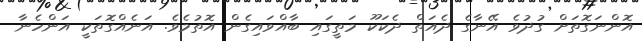
އޮންނަގޮތަށް ގުދުވެ އޭނާގެ ދެއަތް ދެކަކޫ މަތީގައި ބާއްވައިގެން އޮތުމެވެ. އަނެއްގޮތަކީ އަންހެނާ